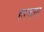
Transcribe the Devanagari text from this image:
हरकात